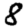
Digit: 8